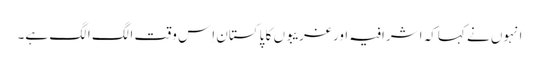
انہوں نے کہاکہ اشرافیہ اور غریبوں کا پاکستان اِس وقت الگ الگ ہے۔